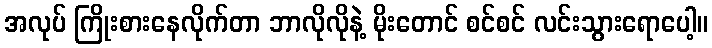
အလုပ် ကြိုးစားနေလိုက်တာ ဘာလိုလိုနဲ့ မိုးတောင် စင်စင် လင်းသွားရောပေါ့။